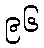
၉၆